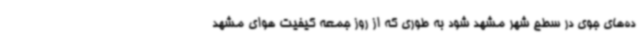
ده‌های جوی در سطح شهر مشهد شود به طوری که از روز جمعه کیفیت هوای مشهد